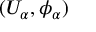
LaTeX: ( U _ { \alpha } , \phi _ { \alpha } )